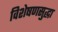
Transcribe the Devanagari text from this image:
विशेषणसुद्धा